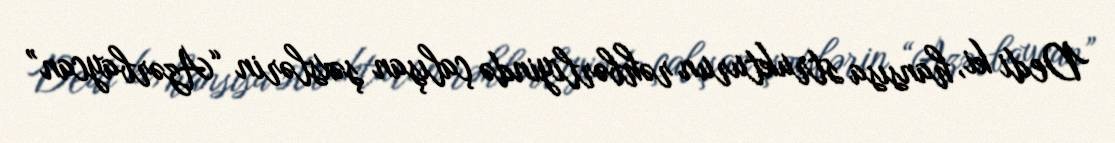
Dedi ki, hansısa strukturun rəhbərliyində çalışan şəxslərin “Azərbaycan”